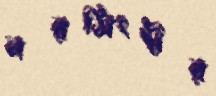
নরসিংদীর